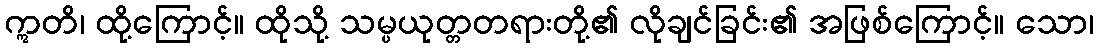
ဣတိ၊ ထို့ကြောင့်။ ထိုသို့ သမ္ပယုတ္တတရားတို့၏ လိုချင်ခြင်း၏ အဖြစ်ကြောင့်။ သော၊